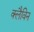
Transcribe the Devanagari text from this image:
क्लैविन